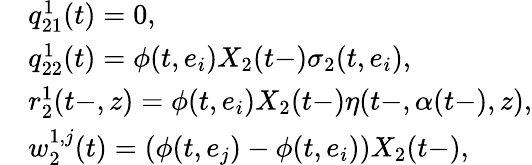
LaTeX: \begin{array}{rl}&{q_{21}^{1}(t)=0,}\\ &{q_{22}^{1}(t)=\phi(t,e_{i})X_{2}(t-)\sigma_{2}(t,e_{i}),}\\ &{r_{2}^{1}(t-,z)=\phi(t,e_{i})X_{2}(t-)\eta(t-,\alpha(t-),z),}\\ &{w_{2}^{1,j}(t)=(\phi(t,e_{j})-\phi(t,e_{i}))X_{2}(t-),}\end{array}